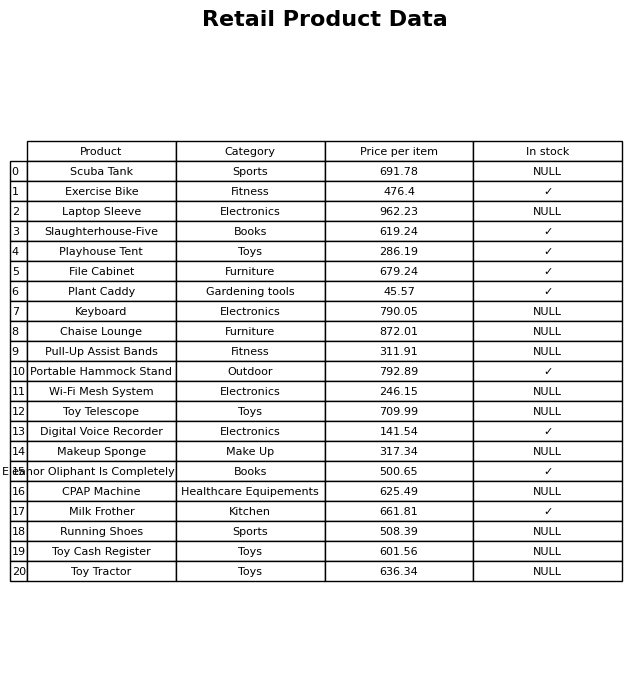
question: What is the price of the CPAP Machine?
answer: The price of CPAP Machine is 625.49.